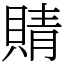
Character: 䝼